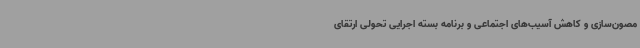
مصون‌سازی و کاهش آسیب‌های اجتماعی و برنامه بسته اجرایی تحولی ارتقای